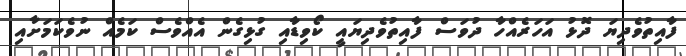
ފާއިތުވެދިޔަ ދޮޅު އަހަރެއްހާ ދުވަސް ފާއިތުވެދިޔައީ ކޯވިޑާއި ގުޅިގެން އެއްވެސް ކަމެއް ނުވެކަމަށާއި